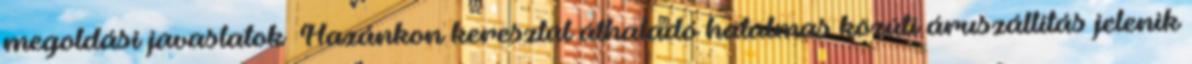
megoldási javaslatok ▪Hazánkon keresztül áthaladó hatalmas közúti áruszállítás jelenik